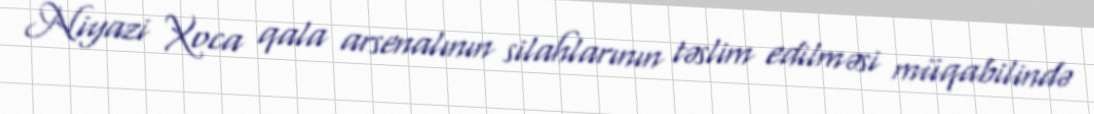
Niyazi Xoca qala arsenalının silahlarının təslim edilməsi müqabilində